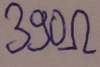
Text: 390Ω